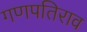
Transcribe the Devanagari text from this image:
गणपतिराव